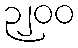
၃၂၀၀